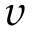
\upsilon